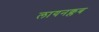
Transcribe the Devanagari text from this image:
लायनक्लब